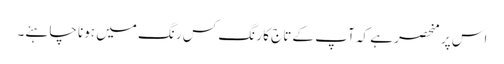
اس پر منحصر ہے کہ آپ کے تاج کا رنگ کس رنگ میں ہونا چاہئے۔